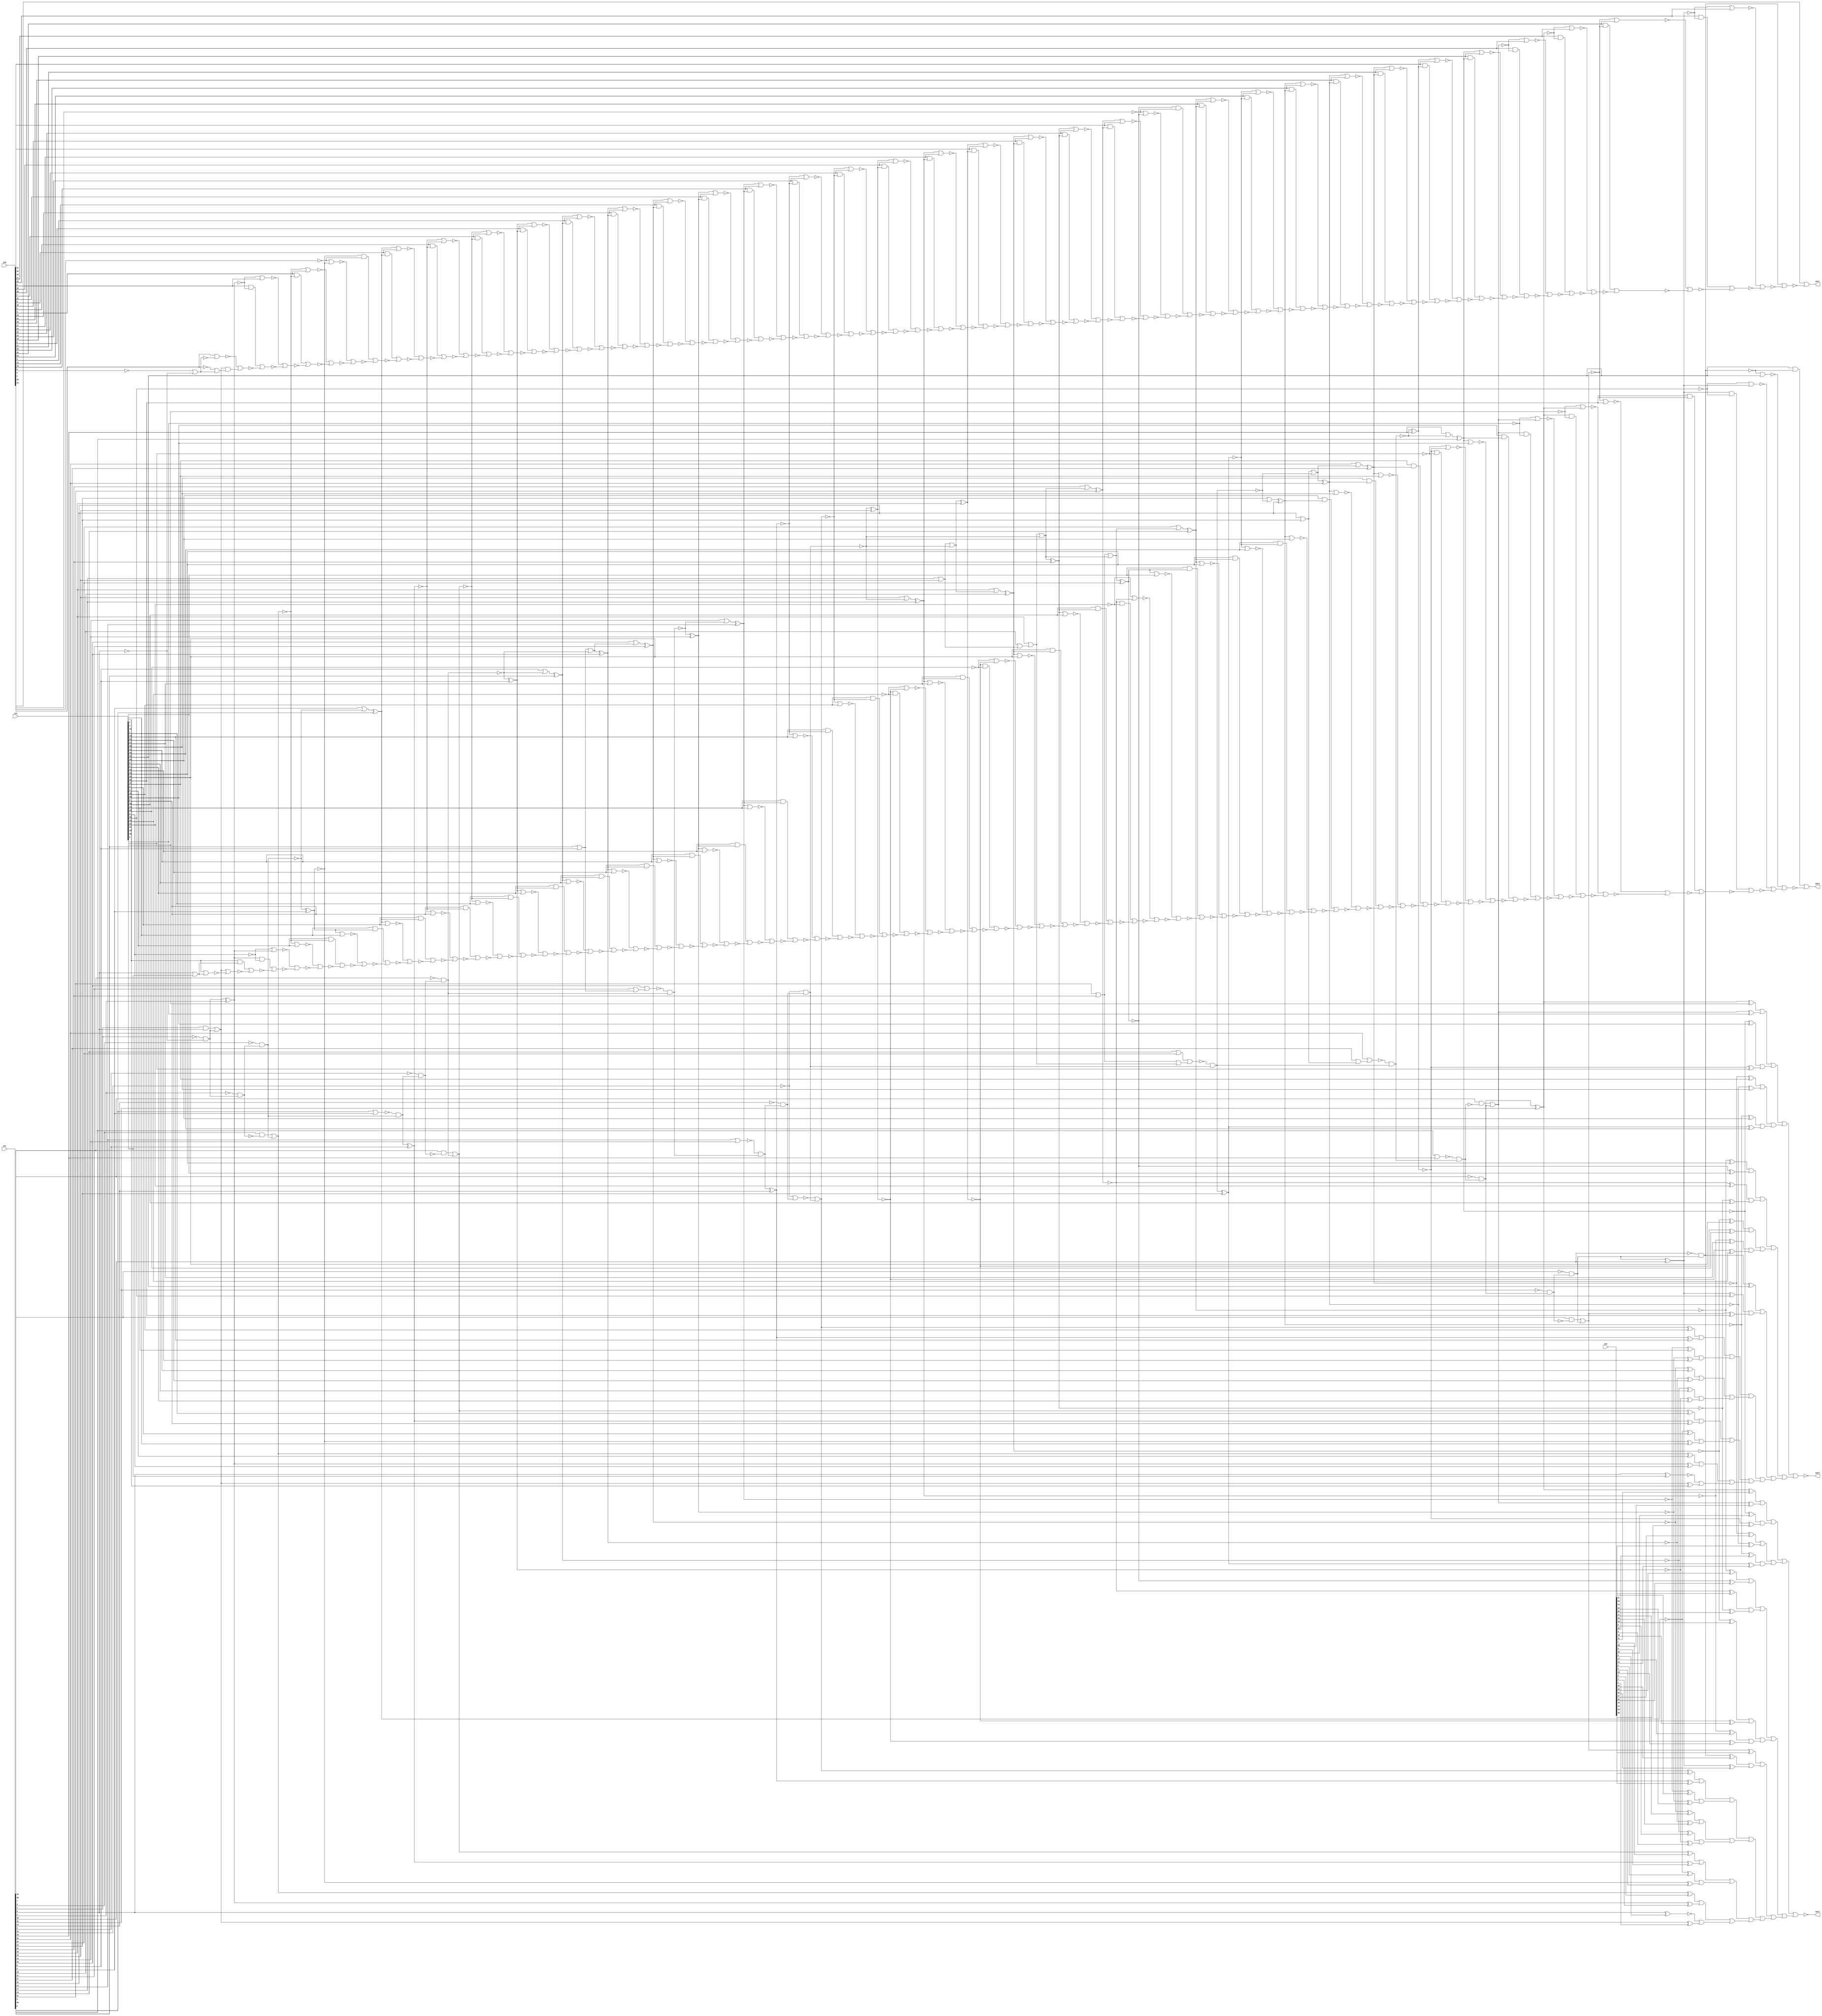
module top(in1, in2, in3, in4, out1, out2, out3, out4);
  input [33:0] in1;
  input [34:0] in2, in3, in4;
  output out1, out2, out3, out4;
  wire [33:0] in1;
  wire [34:0] in2, in3, in4;
  wire out1, out2, out3, out4;
  wire w__1, w__2, w__3, w__4, w__5, w__6, w__7, w__8;
  wire w__9, w__10, w__11, w__12, w__13, w__14, w__15, w__16;
  wire w__17, w__18, w__19, w__20, w__21, w__22, w__23, w__24;
  wire w__25, w__26, w__27, w__28, w__29, w__30, w__31, w__32;
  wire w__33, w__34, w__35, w__36, w__37, w__38, w__39, w__40;
  wire w__41, w__42, w__43, w__44, w__45, w__46, w__47, w__48;
  wire w__49, w__50, w__51, w__52, w__53, w__54, w__55, w__56;
  wire w__57, w__58, w__59, w__60, w__61, w__62, w__63, w__64;
  wire w__65, w__66, w__67, w__68, w__69, w__70, w__71, w__72;
  wire w__73, w__74, w__75, w__76, w__77, w__78, w__79, w__80;
  wire w__81, w__82, w__83, w__84, w__85, w__86, w__87, w__88;
  wire w__89, w__90, w__91, w__92, w__93, w__94, w__95, w__96;
  wire w__97, w__98, w__99, w__100, w__101, w__102, w__103, w__104;
  wire w__105, w__106, w__107, w__108, w__109, w__110, w__111, w__112;
  wire w__113, w__114, w__115, w__116, w__117, w__118, w__119, w__120;
  wire w__121, w__122, w__123, w__124, w__125, w__126, w__127, w__128;
  wire w__129, w__130, w__131, w__132, w__133, w__134, w__135, w__136;
  wire w__137, w__138, w__139, w__140, w__141, w__142, w__143, w__144;
  wire w__145, w__146, w__147, w__148, w__149, w__150, w__151, w__152;
  wire w__153, w__154, w__155, w__156, w__157, w__158, w__159, w__160;
  wire w__161, w__162, w__163, w__164, w__165, w__166, w__167, w__168;
  wire w__169, w__170, w__171, w__172, w__173, w__174, w__175, w__176;
  wire w__177, w__178, w__179, w__180, w__181, w__182, w__183, w__184;
  wire w__185, w__186, w__187, w__188, w__189, w__190, w__191, w__192;
  wire w__193, w__194, w__195, w__196, w__197, w__198, w__199, w__200;
  wire w__201, w__202, w__203, w__204, w__205, w__206, w__207, w__208;
  wire w__209, w__210, w__211, w__212, w__213, w__214, w__215, w__216;
  wire w__217, w__218, w__219, w__220, w__221, w__222, w__223, w__224;
  wire w__225, w__226, w__227, w__228, w__229, w__230, w__231, w__232;
  wire w__233, w__234, w__235, w__236, w__237, w__238, w__239, w__240;
  wire w__241, w__242, w__243, w__244, w__245, w__246, w__247, w__248;
  wire w__249, w__250, w__251, w__252, w__253, w__254, w__255, w__256;
  wire w__257, w__258, w__259, w__260, w__261, w__262, w__263, w__264;
  wire w__265, w__266, w__267, w__268, w__269, w__270, w__271, w__272;
  wire w__273, w__274, w__275, w__276, w__277, w__278, w__279, w__280;
  wire w__281, w__282, w__283, w__284, w__285, w__286, w__287, w__288;
  wire w__289, w__290, w__291, w__292, w__293, w__294, w__295, w__296;
  wire w__297, w__298, w__299, w__300, w__301, w__302, w__303, w__304;
  wire w__305, w__306, w__307, w__308, w__309, w__310, w__311, w__312;
  wire w__313, w__314, w__315, w__316, w__317, w__318, w__319, w__320;
  wire w__321, w__322, w__323, w__324, w__325, w__326, w__327, w__328;
  wire w__329, w__330, w__331, w__332, w__333, w__334, w__335, w__336;
  wire w__337, w__338, w__339, w__340, w__341, w__342, w__343, w__344;
  wire w__345, w__346, w__347, w__348, w__349, w__350, w__351, w__352;
  wire w__353, w__354, w__355, w__356, w__357, w__358, w__359, w__360;
  wire w__361, w__362, w__363, w__364, w__365, w__366, w__367, w__368;
  wire w__369, w__370, w__371, w__372, w__373, w__374, w__375, w__376;
  wire w__377, w__378, w__379, w__380, w__381, w__382, w__383, w__384;
  wire w__385, w__386, w__387, w__388, w__389, w__390, w__391, w__392;
  wire w__393, w__394, w__395, w__396, w__397, w__398, w__399, w__400;
  wire w__401, w__402, w__403, w__404, w__405, w__406, w__407, w__408;
  wire w__409, w__410, w__411, w__412, w__413, w__414, w__415, w__416;
  wire w__417, w__418, w__419, w__420, w__421, w__422, w__423, w__424;
  wire w__425, w__426, w__427, w__428, w__429, w__430, w__431, w__432;
  wire w__433, w__434, w__435, w__436, w__437, w__438, w__439, w__440;
  wire w__441, w__442, w__443, w__444, w__445, w__446, w__447, w__448;
  wire w__449, w__450, w__451, w__452, w__453, w__454, w__455, w__456;
  wire w__457, w__458, w__459, w__460, w__461, w__462, w__463, w__464;
  wire w__465, w__466, w__467, w__468, w__469, w__470, w__471, w__472;
  wire w__473, w__474, w__475, w__476, w__477, w__478, w__479, w__480;
  wire w__481, w__482, w__483, w__484, w__485, w__486, w__487, w__488;
  wire w__489, w__490, w__491, w__492, w__493, w__494, w__495, w__496;
  wire w__497, w__498, w__499, w__500, w__501, w__502, w__503, w__504;
  wire w__505, w__506, w__507, w__508, w__509, w__510, w__511, w__512;
  wire w__513, w__514, w__515, w__516, w__517, w__518, w__519, w__520;
  wire w__521, w__522, w__523, w__524, w__525, w__526, w__527, w__528;
  wire w__529, w__530, w__531, w__532, w__533, w__534, w__535, w__536;
  wire w__537, w__538, w__539, w__540, w__541, w__542, w__543, w__544;
  wire w__545, w__546, w__547, w__548, w__549, w__550, w__551, w__552;
  wire w__553, w__554, w__555, w__556, w__557, w__558, w__559, w__560;
  wire w__561, w__562, w__563, w__564, w__565, w__566, w__567, w__568;
  wire w__569, w__570, w__571, w__572, w__573, w__574, w__575, w__576;
  wire w__577, w__578, w__579, w__580, w__581, w__582, w__583, w__584;
  wire w__585, w__586, w__587, w__588, w__589, w__590, w__591, w__592;
  wire w__593, w__594, w__595, w__596, w__597, w__598, w__599, w__600;
  wire w__601, w__602, w__603, w__604, w__605, w__606, w__607, w__608;
  wire w__609, w__610, w__611, w__612, w__613, w__614, w__615, w__616;
  wire w__617, w__618, w__619, w__620, w__621, w__622, w__623, w__624;
  wire w__625, w__626, w__627, w__628, w__629, w__630, w__631, w__632;
  wire w__633, w__634, w__635, w__636, w__637, w__638, w__639, w__640;
  wire w__641, w__642, w__643, w__644, w__645, w__646, w__647, w__648;
  wire w__649, w__650, w__651, w__652, w__653, w__654, w__655, w__656;
  wire w__657, w__658, w__659, w__660, w__661, w__662, w__663, w__664;
  wire w__665, w__666, w__667, w__668, w__669, w__670, w__671, w__672;
  wire w__673, w__674, w__675, w__676, w__677, w__678, w__679, w__680;
  wire w__681, w__682, w__683, w__684, w__685, w__686, w__687, w__688;
  wire w__689, w__690, w__691, w__692, w__693, w__694, w__695, w__696;
  wire w__697, w__698, w__699, w__700, w__701, w__702, w__703, w__704;
  wire w__705, w__706, w__707, w__708, w__709, w__710, w__711, w__712;
  wire w__713, w__714, w__715, w__716, w__717;
  not g__1(w__683 ,in1[0]);
  nor g__2(w__682 ,w__672 ,w__680);
  nor g__3(w__681 ,w__669 ,w__679);
  or g__4(w__680 ,w__668 ,w__677);
  or g__5(w__679 ,w__667 ,w__678);
  or g__6(w__678 ,w__664 ,w__676);
  or g__7(w__677 ,w__655 ,w__675);
  or g__8(w__676 ,w__673 ,w__671);
  or g__9(w__675 ,w__670 ,w__674);
  or g__10(w__674 ,w__660 ,w__666);
  or g__11(w__673 ,w__662 ,w__661);
  or g__12(w__672 ,w__656 ,w__654);
  or g__13(w__671 ,w__659 ,w__649);
  or g__14(w__670 ,w__650 ,w__658);
  or g__15(w__669 ,w__652 ,w__651);
  or g__16(w__668 ,w__653 ,w__663);
  or g__17(w__667 ,w__657 ,w__665);
  or g__18(w__666 ,w__627 ,w__626);
  or g__19(w__665 ,w__646 ,w__644);
  or g__20(w__664 ,w__548 ,w__640);
  or g__21(w__663 ,w__641 ,w__636);
  or g__22(w__662 ,w__638 ,w__637);
  or g__23(w__661 ,w__635 ,w__633);
  or g__24(w__660 ,w__634 ,w__629);
  or g__25(w__659 ,w__632 ,w__631);
  or g__26(w__658 ,w__645 ,w__639);
  or g__27(w__657 ,w__615 ,w__648);
  or g__28(w__656 ,w__643 ,w__620);
  or g__29(w__655 ,w__546 ,w__623);
  or g__30(w__654 ,w__625 ,w__642);
  or g__31(w__653 ,w__624 ,w__616);
  or g__32(w__652 ,w__622 ,w__621);
  or g__33(w__651 ,w__619 ,w__617);
  or g__34(w__650 ,w__618 ,w__647);
  or g__35(w__649 ,w__630 ,w__628);
  or g__36(w__648 ,w__609 ,w__608);
  or g__37(w__647 ,w__610 ,w__607);
  or g__38(w__646 ,w__606 ,w__605);
  or g__39(w__645 ,w__602 ,w__599);
  or g__40(w__644 ,w__603 ,w__601);
  or g__41(w__643 ,w__587 ,w__583);
  or g__42(w__642 ,w__594 ,w__576);
  or g__43(w__641 ,w__596 ,w__588);
  or g__44(w__640 ,w__598 ,w__597);
  or g__45(w__639 ,w__595 ,w__591);
  or g__46(w__638 ,w__593 ,w__592);
  or g__47(w__637 ,w__590 ,w__589);
  or g__48(w__636 ,w__578 ,w__569);
  or g__49(w__635 ,w__586 ,w__584);
  or g__50(w__634 ,w__585 ,w__582);
  or g__51(w__633 ,w__581 ,w__614);
  or g__52(w__632 ,w__577 ,w__575);
  or g__53(w__631 ,w__573 ,w__572);
  or g__54(w__630 ,w__600 ,w__570);
  or g__55(w__629 ,w__574 ,w__571);
  or g__56(w__628 ,w__547 ,w__567);
  or g__57(w__627 ,w__568 ,w__566);
  or g__58(w__626 ,w__579 ,w__565);
  or g__59(w__625 ,w__557 ,w__611);
  or g__60(w__624 ,w__563 ,w__555);
  or g__61(w__623 ,w__564 ,w__560);
  or g__62(w__622 ,w__562 ,w__561);
  or g__63(w__621 ,w__559 ,w__558);
  or g__64(w__620 ,w__580 ,w__545);
  or g__65(w__619 ,w__556 ,w__554);
  or g__66(w__618 ,w__553 ,w__550);
  or g__67(w__617 ,w__552 ,w__551);
  or g__68(w__616 ,w__613 ,w__604);
  or g__69(w__615 ,w__549 ,w__612);
  xor g__70(w__614 ,w__524 ,in4[8]);
  xor g__71(w__613 ,w__496 ,in3[21]);
  xor g__72(w__612 ,w__482 ,in4[22]);
  xor g__73(w__611 ,w__540 ,in3[26]);
  xor g__74(w__610 ,w__528 ,in3[13]);
  xor g__75(w__609 ,w__496 ,in4[21]);
  xor g__76(w__608 ,w__514 ,in4[20]);
  xor g__77(w__607 ,w__526 ,in3[12]);
  xor g__78(w__606 ,w__538 ,in4[19]);
  xor g__79(w__605 ,w__498 ,in4[18]);
  xor g__80(w__604 ,w__514 ,in3[20]);
  xor g__81(w__603 ,w__536 ,in4[17]);
  xor g__82(w__602 ,w__520 ,in3[11]);
  xor g__83(w__601 ,w__488 ,in4[16]);
  xor g__84(w__600 ,w__508 ,in4[3]);
  xor g__85(w__599 ,w__518 ,in3[10]);
  xor g__86(w__598 ,w__490 ,in4[33]);
  xor g__87(w__597 ,w__502 ,in4[32]);
  xor g__88(w__596 ,w__538 ,in3[19]);
  xor g__89(w__595 ,w__516 ,in3[9]);
  xor g__90(w__594 ,w__534 ,in3[25]);
  xor g__91(w__593 ,w__504 ,in4[15]);
  xor g__92(w__592 ,w__532 ,in4[14]);
  xor g__93(w__591 ,w__524 ,in3[8]);
  xor g__94(w__590 ,w__528 ,in4[13]);
  xor g__95(w__589 ,w__526 ,in4[12]);
  xor g__96(w__588 ,w__498 ,in3[18]);
  xor g__97(w__587 ,w__494 ,in3[31]);
  xor g__98(w__586 ,w__520 ,in4[11]);
  xor g__99(w__585 ,w__506 ,in3[7]);
  xor g__100(w__584 ,w__518 ,in4[10]);
  xor g__101(w__583 ,w__480 ,in3[30]);
  xor g__102(w__582 ,w__512 ,in3[6]);
  xor g__103(w__581 ,w__516 ,in4[9]);
  xor g__104(w__580 ,w__544 ,in3[29]);
  xnor g__105(w__579 ,in1[0] ,in3[0]);
  xor g__106(w__578 ,w__536 ,in3[17]);
  xor g__107(w__577 ,w__506 ,in4[7]);
  xor g__108(w__576 ,w__530 ,in3[24]);
  xor g__109(w__575 ,w__512 ,in4[6]);
  xor g__110(w__574 ,w__510 ,in3[5]);
  xor g__111(w__573 ,w__510 ,in4[5]);
  xor g__112(w__572 ,w__484 ,in4[4]);
  xor g__113(w__571 ,w__484 ,in3[4]);
  xor g__114(w__570 ,w__486 ,in4[2]);
  xor g__115(w__569 ,w__488 ,in3[16]);
  xor g__116(w__568 ,w__508 ,in3[3]);
  xor g__117(w__567 ,w__478 ,in4[1]);
  xor g__118(w__566 ,w__486 ,in3[2]);
  xor g__119(w__565 ,w__478 ,in3[1]);
  xor g__120(w__564 ,w__500 ,in3[34]);
  xor g__121(w__563 ,w__522 ,in3[23]);
  xor g__122(w__562 ,w__494 ,in4[31]);
  xor g__123(w__561 ,w__480 ,in4[30]);
  xor g__124(w__560 ,w__490 ,in3[33]);
  xor g__125(w__559 ,w__544 ,in4[29]);
  xor g__126(w__558 ,w__492 ,in4[28]);
  xor g__127(w__557 ,w__542 ,in3[27]);
  xor g__128(w__556 ,w__542 ,in4[27]);
  xor g__129(w__555 ,w__482 ,in3[22]);
  xor g__130(w__554 ,w__540 ,in4[26]);
  xor g__131(w__553 ,w__504 ,in3[15]);
  xor g__132(w__552 ,w__534 ,in4[25]);
  xor g__133(w__551 ,w__530 ,in4[24]);
  xor g__134(w__550 ,w__532 ,in3[14]);
  xor g__135(w__549 ,w__522 ,in4[23]);
  xor g__136(w__548 ,w__500 ,in4[34]);
  xnor g__137(w__547 ,in1[0] ,in4[0]);
  xor g__138(w__546 ,w__502 ,in3[32]);
  xor g__139(w__545 ,w__492 ,in3[28]);
  not g__140(w__544 ,w__543);
  not g__141(w__543 ,w__712);
  not g__142(w__542 ,w__541);
  not g__143(w__541 ,w__710);
  not g__144(w__540 ,w__539);
  not g__145(w__539 ,w__709);
  not g__146(w__538 ,w__537);
  not g__147(w__537 ,w__702);
  not g__148(w__536 ,w__535);
  not g__149(w__535 ,w__700);
  not g__150(w__534 ,w__533);
  not g__151(w__533 ,w__708);
  not g__152(w__532 ,w__531);
  not g__153(w__531 ,w__697);
  not g__154(w__530 ,w__529);
  not g__155(w__529 ,w__707);
  not g__156(w__528 ,w__527);
  not g__157(w__527 ,w__696);
  not g__158(w__526 ,w__525);
  not g__159(w__525 ,w__695);
  not g__160(w__524 ,w__523);
  not g__161(w__523 ,w__691);
  not g__162(w__522 ,w__521);
  not g__163(w__521 ,w__706);
  not g__164(w__520 ,w__519);
  not g__165(w__519 ,w__694);
  not g__166(w__518 ,w__517);
  not g__167(w__517 ,w__693);
  not g__168(w__516 ,w__515);
  not g__169(w__515 ,w__692);
  not g__170(w__514 ,w__513);
  not g__171(w__513 ,w__703);
  not g__172(w__512 ,w__511);
  not g__173(w__511 ,w__689);
  not g__174(w__510 ,w__509);
  not g__175(w__509 ,w__688);
  not g__176(w__508 ,w__507);
  not g__177(w__507 ,w__686);
  not g__178(w__506 ,w__505);
  not g__179(w__505 ,w__690);
  not g__180(w__504 ,w__503);
  not g__181(w__503 ,w__698);
  not g__182(w__502 ,w__501);
  not g__183(w__501 ,w__715);
  not g__184(w__500 ,w__499);
  not g__185(w__499 ,w__717);
  not g__186(w__498 ,w__497);
  not g__187(w__497 ,w__701);
  not g__188(w__496 ,w__495);
  not g__189(w__495 ,w__704);
  not g__190(w__494 ,w__493);
  not g__191(w__493 ,w__714);
  not g__192(w__492 ,w__491);
  not g__193(w__491 ,w__711);
  not g__194(w__490 ,w__489);
  not g__195(w__489 ,w__716);
  not g__196(w__488 ,w__487);
  not g__197(w__487 ,w__699);
  not g__198(w__486 ,w__485);
  not g__199(w__485 ,w__685);
  not g__200(w__484 ,w__483);
  not g__201(w__483 ,w__687);
  not g__202(w__482 ,w__481);
  not g__203(w__481 ,w__705);
  not g__204(w__480 ,w__479);
  not g__205(w__479 ,w__713);
  not g__206(w__478 ,w__477);
  not g__207(w__477 ,w__684);
  buf g__208(out3 ,w__681);
  buf g__209(out2 ,w__682);
  and g__210(w__115 ,w__23 ,w__112);
  or g__211(w__114 ,w__113 ,w__112);
  and g__212(w__113 ,in1[32] ,w__111);
  and g__213(w__112 ,w__15 ,w__110);
  not g__214(w__111 ,w__110);
  and g__215(w__110 ,w__18 ,w__104);
  or g__216(w__109 ,w__105 ,w__104);
  xnor g__217(w__108 ,w__95 ,in1[29]);
  xnor g__218(w__107 ,w__94 ,in1[27]);
  xnor g__219(w__106 ,w__93 ,in1[23]);
  and g__220(w__105 ,in1[30] ,w__97);
  and g__221(w__104 ,w__22 ,w__96);
  xnor g__222(w__103 ,w__87 ,in1[28]);
  xnor g__223(w__102 ,w__89 ,in1[26]);
  xnor g__224(w__101 ,w__85 ,in1[22]);
  xnor g__225(w__100 ,w__88 ,in1[25]);
  xnor g__226(w__99 ,w__84 ,in1[21]);
  xnor g__227(w__98 ,w__83 ,in1[19]);
  not g__228(w__97 ,w__96);
  and g__229(w__96 ,w__26 ,w__86);
  or g__230(w__95 ,in1[28] ,w__87);
  or g__231(w__94 ,in1[26] ,w__89);
  or g__232(w__93 ,in1[22] ,w__85);
  xnor g__233(w__92 ,w__80 ,in1[20]);
  xnor g__234(w__91 ,w__79 ,in1[18]);
  xnor g__235(w__90 ,w__81 ,in1[17]);
  or g__236(w__89 ,w__34 ,w__7);
  or g__237(w__88 ,in1[24] ,w__7);
  not g__238(w__87 ,w__86);
  and g__239(w__86 ,w__44 ,w__78);
  or g__240(w__85 ,w__28 ,w__80);
  or g__241(w__84 ,in1[20] ,w__80);
  or g__242(w__83 ,in1[18] ,w__79);
  xnor g__243(w__82 ,w__11 ,in1[16]);
  or g__244(w__81 ,in1[16] ,w__12);
  or g__245(w__80 ,w__41 ,w__11);
  or g__246(w__79 ,w__30 ,w__12);
  and g__247(w__78 ,w__54 ,w__76);
  or g__248(w__77 ,w__74 ,w__76);
  not g__249(w__75 ,w__76);
  and g__250(w__76 ,w__13 ,w__71);
  nor g__251(w__74 ,w__13 ,w__71);
  xnor g__252(w__73 ,w__66 ,in1[11]);
  xnor g__253(w__72 ,w__67 ,in1[13]);
  and g__254(w__71 ,w__16 ,w__65);
  xnor g__255(w__70 ,w__61 ,in1[12]);
  xnor g__256(w__69 ,w__62 ,in1[10]);
  xnor g__257(w__68 ,w__63 ,in1[9]);
  or g__258(w__67 ,in1[12] ,w__61);
  or g__259(w__66 ,in1[10] ,w__62);
  and g__260(w__65 ,w__32 ,w__60);
  xnor g__261(w__64 ,w__56 ,in1[8]);
  or g__262(w__63 ,in1[8] ,w__9);
  or g__263(w__62 ,w__27 ,w__9);
  not g__264(w__61 ,w__60);
  and g__265(w__60 ,w__45 ,w__57);
  or g__266(w__59 ,w__58 ,w__57);
  and g__267(w__58 ,in1[7] ,w__53);
  not g__268(w__56 ,w__57);
  and g__269(w__57 ,w__17 ,w__52);
  xnor g__270(w__55 ,w__50 ,in1[5]);
  nor g__271(w__54 ,w__29 ,w__49);
  not g__272(w__53 ,w__52);
  and g__273(w__52 ,w__14 ,w__48);
  xnor g__274(w__51 ,w__42 ,in1[4]);
  or g__275(w__50 ,in1[4] ,w__42);
  or g__276(w__49 ,w__28 ,w__41);
  and g__277(w__48 ,w__25 ,w__43);
  or g__278(w__47 ,w__46 ,w__43);
  and g__279(w__46 ,in1[3] ,w__39);
  nor g__280(w__45 ,in1[10] ,w__37);
  nor g__281(w__44 ,in1[26] ,w__36);
  not g__282(w__42 ,w__43);
  and g__283(w__43 ,w__20 ,w__38);
  or g__284(w__41 ,in1[18] ,w__40);
  or g__285(w__40 ,in1[19] ,w__30);
  not g__286(w__39 ,w__38);
  and g__287(w__38 ,w__24 ,w__31);
  or g__288(w__37 ,in1[11] ,w__27);
  or g__289(w__36 ,in1[27] ,w__34);
  or g__290(w__35 ,w__33 ,w__31);
  or g__291(w__34 ,in1[25] ,in1[24]);
  and g__292(w__33 ,in1[1] ,in1[0]);
  nor g__293(w__32 ,in1[13] ,in1[12]);
  and g__294(w__31 ,w__19 ,w__21);
  or g__295(w__30 ,in1[17] ,in1[16]);
  or g__296(w__29 ,in1[23] ,in1[22]);
  or g__297(w__28 ,in1[21] ,in1[20]);
  or g__298(w__27 ,in1[9] ,in1[8]);
  nor g__299(w__26 ,in1[29] ,in1[28]);
  nor g__300(w__25 ,in1[5] ,in1[4]);
  not g__301(w__24 ,in1[2]);
  not g__302(w__23 ,in1[33]);
  not g__303(w__22 ,in1[30]);
  not g__304(w__21 ,in1[0]);
  not g__305(w__20 ,in1[3]);
  not g__306(w__19 ,in1[1]);
  not g__307(w__18 ,in1[31]);
  not g__308(w__17 ,in1[7]);
  not g__309(w__16 ,in1[14]);
  not g__310(w__15 ,in1[32]);
  not g__311(w__14 ,in1[6]);
  not g__312(w__13 ,in1[15]);
  not g__313(w__12 ,w__10);
  not g__314(w__11 ,w__10);
  not g__315(w__10 ,w__75);
  not g__316(w__9 ,w__8);
  not g__317(w__8 ,w__56);
  buf g__318(w__685 ,w__1);
  buf g__319(w__716 ,w__6);
  buf g__320(w__687 ,w__51);
  buf g__321(w__706 ,w__106);
  buf g__322(w__701 ,w__91);
  buf g__323(w__703 ,w__92);
  buf g__324(w__689 ,w__2);
  buf g__325(w__691 ,w__64);
  buf g__326(w__692 ,w__68);
  buf g__327(w__693 ,w__69);
  buf g__328(w__695 ,w__70);
  buf g__329(w__688 ,w__55);
  buf g__330(w__707 ,w__4);
  buf g__331(w__697 ,w__3);
  buf g__332(w__705 ,w__101);
  buf g__333(w__711 ,w__103);
  buf g__334(w__700 ,w__90);
  buf g__335(w__699 ,w__82);
  buf g__336(w__714 ,w__5);
  buf g__337(w__709 ,w__102);
  buf g__338(w__708 ,w__100);
  buf g__339(w__710 ,w__107);
  buf g__340(w__702 ,w__98);
  buf g__341(w__704 ,w__99);
  buf g__342(w__694 ,w__73);
  buf g__343(w__696 ,w__72);
  buf g__344(w__712 ,w__108);
  buf g__345(w__698 ,w__77);
  buf g__346(w__690 ,w__59);
  buf g__347(w__715 ,w__114);
  buf g__348(w__686 ,w__47);
  buf g__349(w__684 ,w__35);
  buf g__350(w__713 ,w__109);
  buf g__351(w__717 ,w__115);
  not g__352(w__7 ,w__78);
  xor g__353(w__6 ,w__112 ,in1[33]);
  xor g__354(w__5 ,w__104 ,in1[31]);
  xor g__355(w__4 ,w__78 ,in1[24]);
  xor g__356(w__3 ,w__65 ,in1[14]);
  xor g__357(w__2 ,w__48 ,in1[6]);
  xor g__358(w__1 ,w__31 ,in1[2]);
  or g__359(out4 ,w__131 ,w__301);
  nor g__360(w__301 ,w__193 ,w__300);
  or g__361(w__300 ,w__226 ,w__299);
  nor g__362(w__299 ,w__198 ,w__298);
  nor g__363(w__298 ,w__124 ,w__297);
  nor g__364(w__297 ,w__220 ,w__296);
  nor g__365(w__296 ,w__212 ,w__295);
  nor g__366(w__295 ,w__200 ,w__294);
  nor g__367(w__294 ,w__225 ,w__293);
  nor g__368(w__293 ,w__190 ,w__292);
  nor g__369(w__292 ,w__119 ,w__291);
  nor g__370(w__291 ,w__222 ,w__290);
  nor g__371(w__290 ,w__219 ,w__289);
  nor g__372(w__289 ,w__209 ,w__288);
  nor g__373(w__288 ,w__123 ,w__287);
  nor g__374(w__287 ,w__201 ,w__286);
  nor g__375(w__286 ,w__134 ,w__285);
  nor g__376(w__285 ,w__195 ,w__284);
  nor g__377(w__284 ,w__130 ,w__283);
  nor g__378(w__283 ,w__191 ,w__282);
  nor g__379(w__282 ,w__132 ,w__281);
  nor g__380(w__281 ,w__229 ,w__280);
  nor g__381(w__280 ,w__126 ,w__279);
  nor g__382(w__279 ,w__223 ,w__278);
  nor g__383(w__278 ,w__205 ,w__277);
  nor g__384(w__277 ,w__216 ,w__276);
  nor g__385(w__276 ,w__215 ,w__275);
  nor g__386(w__275 ,w__210 ,w__274);
  nor g__387(w__274 ,w__117 ,w__273);
  nor g__388(w__273 ,w__206 ,w__272);
  nor g__389(w__272 ,w__125 ,w__271);
  nor g__390(w__271 ,w__202 ,w__270);
  nor g__391(w__270 ,w__214 ,w__269);
  nor g__392(w__269 ,w__204 ,w__268);
  nor g__393(w__268 ,w__135 ,w__267);
  nor g__394(w__267 ,w__196 ,w__266);
  nor g__395(w__266 ,w__213 ,w__265);
  nor g__396(w__265 ,w__194 ,w__264);
  nor g__397(w__264 ,w__120 ,w__263);
  nor g__398(w__263 ,w__192 ,w__262);
  nor g__399(w__262 ,w__137 ,w__261);
  nor g__400(w__261 ,w__189 ,w__260);
  nor g__401(w__260 ,w__116 ,w__259);
  nor g__402(w__259 ,w__230 ,w__258);
  nor g__403(w__258 ,w__127 ,w__257);
  nor g__404(w__257 ,w__227 ,w__256);
  nor g__405(w__256 ,w__133 ,w__255);
  nor g__406(w__255 ,w__224 ,w__254);
  nor g__407(w__254 ,w__136 ,w__253);
  nor g__408(w__253 ,w__221 ,w__252);
  nor g__409(w__252 ,w__129 ,w__251);
  nor g__410(w__251 ,w__217 ,w__250);
  nor g__411(w__250 ,w__128 ,w__249);
  nor g__412(w__249 ,w__231 ,w__248);
  nor g__413(w__248 ,w__138 ,w__247);
  nor g__414(w__247 ,w__211 ,w__246);
  nor g__415(w__246 ,w__118 ,w__245);
  nor g__416(w__245 ,w__199 ,w__244);
  nor g__417(w__244 ,w__122 ,w__243);
  nor g__418(w__243 ,w__207 ,w__242);
  nor g__419(w__242 ,w__208 ,w__241);
  nor g__420(w__241 ,w__218 ,w__240);
  nor g__421(w__240 ,w__121 ,w__239);
  nor g__422(w__239 ,w__203 ,w__238);
  nor g__423(w__238 ,w__228 ,w__237);
  nor g__424(w__237 ,w__197 ,w__236);
  nor g__425(w__236 ,w__234 ,w__235);
  nor g__426(w__235 ,w__684 ,w__233);
  and g__427(w__234 ,in4[1] ,w__232);
  nor g__428(w__233 ,in4[1] ,w__232);
  nor g__429(w__231 ,w__162 ,in4[8]);
  nor g__430(w__230 ,w__155 ,in4[13]);
  nor g__431(w__229 ,w__158 ,in4[24]);
  nor g__432(w__228 ,w__185 ,w__146);
  nor g__433(w__227 ,w__176 ,in4[12]);
  nor g__434(w__226 ,w__183 ,w__154);
  nor g__435(w__225 ,w__178 ,w__140);
  nor g__436(w__224 ,w__156 ,in4[11]);
  nor g__437(w__223 ,w__170 ,in4[23]);
  nor g__438(w__222 ,w__163 ,in4[29]);
  nor g__439(w__221 ,w__171 ,in4[10]);
  nor g__440(w__220 ,w__159 ,in4[32]);
  nor g__441(w__219 ,w__179 ,w__144);
  nor g__442(w__218 ,w__187 ,in4[4]);
  nor g__443(w__217 ,w__157 ,in4[9]);
  nor g__444(w__216 ,w__184 ,in4[22]);
  nor g__445(w__215 ,w__181 ,w__148);
  nor g__446(w__214 ,w__186 ,w__150);
  nor g__447(w__213 ,w__182 ,w__152);
  nor g__448(w__212 ,w__180 ,w__142);
  nor g__449(w__211 ,w__177 ,in4[7]);
  or g__450(w__232 ,w__188 ,in4[0]);
  and g__451(w__210 ,w__148 ,w__181);
  and g__452(w__209 ,w__144 ,w__179);
  and g__453(w__208 ,in4[4] ,w__187);
  nor g__454(w__207 ,w__175 ,in4[5]);
  nor g__455(w__206 ,w__165 ,in4[20]);
  and g__456(w__205 ,in4[22] ,w__184);
  and g__457(w__204 ,w__150 ,w__186);
  nor g__458(w__203 ,w__172 ,in4[3]);
  nor g__459(w__202 ,w__174 ,in4[19]);
  nor g__460(w__201 ,w__161 ,in4[27]);
  and g__461(w__200 ,w__142 ,w__180);
  nor g__462(w__199 ,w__173 ,in4[6]);
  and g__463(w__198 ,w__154 ,w__183);
  and g__464(w__197 ,w__146 ,w__185);
  nor g__465(w__196 ,w__168 ,in4[17]);
  nor g__466(w__195 ,w__169 ,in4[26]);
  and g__467(w__194 ,w__152 ,w__182);
  nor g__468(w__193 ,w__166 ,in4[34]);
  nor g__469(w__192 ,w__167 ,in4[15]);
  nor g__470(w__191 ,w__160 ,in4[25]);
  and g__471(w__190 ,w__140 ,w__178);
  nor g__472(w__189 ,w__164 ,in4[14]);
  not g__473(w__188 ,w__683);
  not g__474(w__187 ,w__687);
  not g__475(w__186 ,in4[18]);
  not g__476(w__185 ,in4[2]);
  not g__477(w__184 ,w__705);
  not g__478(w__183 ,in4[33]);
  not g__479(w__182 ,in4[16]);
  not g__480(w__181 ,in4[21]);
  not g__481(w__180 ,in4[31]);
  not g__482(w__179 ,in4[28]);
  not g__483(w__178 ,in4[30]);
  not g__484(w__175 ,w__688);
  not g__485(w__162 ,w__691);
  not g__486(w__157 ,w__692);
  not g__487(w__168 ,w__700);
  not g__488(w__174 ,w__702);
  not g__489(w__171 ,w__693);
  not g__490(w__165 ,w__703);
  not g__491(w__156 ,w__694);
  not g__492(w__170 ,w__706);
  not g__493(w__173 ,w__689);
  not g__494(w__176 ,w__695);
  not g__495(w__158 ,w__707);
  not g__496(w__160 ,w__708);
  not g__497(w__155 ,w__696);
  not g__498(w__169 ,w__709);
  not g__499(w__161 ,w__710);
  not g__500(w__164 ,w__697);
  not g__501(w__163 ,w__712);
  not g__502(w__159 ,w__715);
  not g__503(w__172 ,w__686);
  not g__504(w__177 ,w__690);
  not g__505(w__167 ,w__698);
  not g__506(w__166 ,w__717);
  not g__507(w__154 ,w__153);
  not g__508(w__153 ,w__716);
  not g__509(w__152 ,w__151);
  not g__510(w__151 ,w__699);
  not g__511(w__150 ,w__149);
  not g__512(w__149 ,w__701);
  not g__513(w__148 ,w__147);
  not g__514(w__147 ,w__704);
  not g__515(w__146 ,w__145);
  not g__516(w__145 ,w__685);
  not g__517(w__144 ,w__143);
  not g__518(w__143 ,w__711);
  not g__519(w__142 ,w__141);
  not g__520(w__141 ,w__714);
  not g__521(w__140 ,w__139);
  not g__522(w__139 ,w__713);
  and g__523(w__138 ,in4[7] ,w__177);
  and g__524(w__137 ,in4[14] ,w__164);
  and g__525(w__136 ,in4[10] ,w__171);
  and g__526(w__135 ,in4[17] ,w__168);
  and g__527(w__134 ,in4[26] ,w__169);
  and g__528(w__133 ,in4[11] ,w__156);
  and g__529(w__132 ,in4[24] ,w__158);
  and g__530(w__131 ,in4[34] ,w__166);
  and g__531(w__130 ,in4[25] ,w__160);
  and g__532(w__129 ,in4[9] ,w__157);
  and g__533(w__128 ,in4[8] ,w__162);
  and g__534(w__127 ,in4[12] ,w__176);
  and g__535(w__126 ,in4[23] ,w__170);
  and g__536(w__125 ,in4[19] ,w__174);
  and g__537(w__124 ,in4[32] ,w__159);
  and g__538(w__123 ,in4[27] ,w__161);
  and g__539(w__122 ,in4[5] ,w__175);
  and g__540(w__121 ,in4[3] ,w__172);
  and g__541(w__120 ,in4[15] ,w__167);
  and g__542(w__119 ,in4[29] ,w__163);
  and g__543(w__118 ,in4[6] ,w__173);
  and g__544(w__117 ,in4[20] ,w__165);
  and g__545(w__116 ,in4[13] ,w__155);
  or g__546(out1 ,w__316 ,w__476);
  nor g__547(w__476 ,w__366 ,w__475);
  nor g__548(w__475 ,w__399 ,w__474);
  nor g__549(w__474 ,w__372 ,w__473);
  nor g__550(w__473 ,w__393 ,w__472);
  nor g__551(w__472 ,w__306 ,w__471);
  nor g__552(w__471 ,w__385 ,w__470);
  nor g__553(w__470 ,w__375 ,w__469);
  nor g__554(w__469 ,w__398 ,w__468);
  nor g__555(w__468 ,w__363 ,w__467);
  nor g__556(w__467 ,w__404 ,w__466);
  nor g__557(w__466 ,w__310 ,w__465);
  nor g__558(w__465 ,w__392 ,w__464);
  nor g__559(w__464 ,w__383 ,w__463);
  nor g__560(w__463 ,w__380 ,w__462);
  nor g__561(w__462 ,w__308 ,w__461);
  nor g__562(w__461 ,w__374 ,w__460);
  nor g__563(w__460 ,w__315 ,w__459);
  nor g__564(w__459 ,w__370 ,w__458);
  nor g__565(w__458 ,w__307 ,w__457);
  nor g__566(w__457 ,w__397 ,w__456);
  nor g__567(w__456 ,w__305 ,w__455);
  nor g__568(w__455 ,w__402 ,w__454);
  nor g__569(w__454 ,w__317 ,w__453);
  nor g__570(w__453 ,w__379 ,w__452);
  nor g__571(w__452 ,w__390 ,w__451);
  nor g__572(w__451 ,w__389 ,w__450);
  nor g__573(w__450 ,w__384 ,w__449);
  nor g__574(w__449 ,w__368 ,w__448);
  nor g__575(w__448 ,w__312 ,w__447);
  nor g__576(w__447 ,w__378 ,w__446);
  nor g__577(w__446 ,w__321 ,w__445);
  nor g__578(w__445 ,w__388 ,w__444);
  nor g__579(w__444 ,w__376 ,w__443);
  nor g__580(w__443 ,w__373 ,w__442);
  nor g__581(w__442 ,w__314 ,w__441);
  nor g__582(w__441 ,w__386 ,w__440);
  nor g__583(w__440 ,w__369 ,w__439);
  nor g__584(w__439 ,w__367 ,w__438);
  nor g__585(w__438 ,w__313 ,w__437);
  nor g__586(w__437 ,w__365 ,w__436);
  nor g__587(w__436 ,w__311 ,w__435);
  nor g__588(w__435 ,w__405 ,w__434);
  nor g__589(w__434 ,w__302 ,w__433);
  nor g__590(w__433 ,w__403 ,w__432);
  nor g__591(w__432 ,w__323 ,w__431);
  nor g__592(w__431 ,w__400 ,w__430);
  nor g__593(w__430 ,w__303 ,w__429);
  nor g__594(w__429 ,w__396 ,w__428);
  nor g__595(w__428 ,w__318 ,w__427);
  nor g__596(w__427 ,w__394 ,w__426);
  nor g__597(w__426 ,w__304 ,w__425);
  nor g__598(w__425 ,w__395 ,w__424);
  nor g__599(w__424 ,w__309 ,w__423);
  nor g__600(w__423 ,w__387 ,w__422);
  nor g__601(w__422 ,w__324 ,w__421);
  nor g__602(w__421 ,w__364 ,w__420);
  nor g__603(w__420 ,w__320 ,w__419);
  nor g__604(w__419 ,w__381 ,w__418);
  nor g__605(w__418 ,w__322 ,w__417);
  nor g__606(w__417 ,w__382 ,w__416);
  nor g__607(w__416 ,w__391 ,w__415);
  nor g__608(w__415 ,w__377 ,w__414);
  nor g__609(w__414 ,w__319 ,w__413);
  nor g__610(w__413 ,w__401 ,w__412);
  nor g__611(w__412 ,w__371 ,w__411);
  nor g__612(w__411 ,w__409 ,w__410);
  and g__613(w__410 ,w__684 ,w__408);
  nor g__614(w__409 ,in2[1] ,w__407);
  or g__615(w__408 ,w__359 ,w__406);
  not g__616(w__407 ,w__406);
  nor g__617(w__405 ,w__329 ,in2[13]);
  nor g__618(w__404 ,w__332 ,in2[29]);
  nor g__619(w__403 ,w__340 ,in2[12]);
  nor g__620(w__402 ,w__339 ,in2[23]);
  nor g__621(w__401 ,w__358 ,in2[2]);
  nor g__622(w__400 ,w__345 ,in2[11]);
  nor g__623(w__399 ,w__356 ,in2[33]);
  nor g__624(w__398 ,w__351 ,in2[30]);
  nor g__625(w__397 ,w__344 ,in2[24]);
  nor g__626(w__396 ,w__348 ,in2[10]);
  nor g__627(w__395 ,w__341 ,in2[8]);
  nor g__628(w__394 ,w__342 ,in2[9]);
  nor g__629(w__393 ,w__337 ,in2[32]);
  nor g__630(w__392 ,w__352 ,in2[28]);
  nor g__631(w__391 ,w__361 ,w__328);
  nor g__632(w__390 ,w__357 ,w__326);
  nor g__633(w__389 ,w__354 ,in2[21]);
  nor g__634(w__388 ,w__360 ,in2[18]);
  nor g__635(w__387 ,w__350 ,in2[7]);
  nor g__636(w__386 ,w__355 ,in2[16]);
  nor g__637(w__385 ,w__353 ,in2[31]);
  or g__638(w__406 ,w__362 ,w__683);
  and g__639(w__384 ,in2[21] ,w__354);
  and g__640(w__383 ,in2[28] ,w__352);
  and g__641(w__382 ,w__328 ,w__361);
  nor g__642(w__381 ,w__335 ,in2[5]);
  nor g__643(w__380 ,w__336 ,in2[27]);
  and g__644(w__379 ,w__326 ,w__357);
  nor g__645(w__378 ,w__338 ,in2[19]);
  nor g__646(w__377 ,w__334 ,in2[3]);
  and g__647(w__376 ,in2[18] ,w__360);
  and g__648(w__375 ,in2[31] ,w__353);
  nor g__649(w__374 ,w__346 ,in2[26]);
  nor g__650(w__373 ,w__347 ,in2[17]);
  and g__651(w__372 ,in2[33] ,w__356);
  and g__652(w__371 ,in2[2] ,w__358);
  nor g__653(w__370 ,w__343 ,in2[25]);
  and g__654(w__369 ,in2[16] ,w__355);
  nor g__655(w__368 ,w__330 ,in2[20]);
  nor g__656(w__367 ,w__333 ,in2[15]);
  nor g__657(w__365 ,w__349 ,in2[14]);
  nor g__658(w__364 ,w__331 ,in2[6]);
  and g__659(w__363 ,in2[30] ,w__351);
  not g__660(w__362 ,in2[0]);
  not g__661(w__361 ,in2[4]);
  not g__662(w__360 ,w__701);
  not g__663(w__359 ,in2[1]);
  not g__664(w__358 ,w__685);
  not g__665(w__357 ,in2[22]);
  not g__666(w__356 ,w__716);
  not g__667(w__355 ,w__699);
  not g__668(w__354 ,w__704);
  not g__669(w__353 ,w__714);
  not g__670(w__352 ,w__711);
  not g__671(w__351 ,w__713);
  not g__672(w__335 ,w__688);
  not g__673(w__341 ,w__691);
  not g__674(w__342 ,w__692);
  not g__675(w__347 ,w__700);
  not g__676(w__338 ,w__702);
  not g__677(w__348 ,w__693);
  not g__678(w__330 ,w__703);
  not g__679(w__345 ,w__694);
  not g__680(w__339 ,w__706);
  not g__681(w__331 ,w__689);
  not g__682(w__340 ,w__695);
  not g__683(w__344 ,w__707);
  not g__684(w__343 ,w__708);
  not g__685(w__329 ,w__696);
  not g__686(w__346 ,w__709);
  not g__687(w__336 ,w__710);
  not g__688(w__349 ,w__697);
  not g__689(w__332 ,w__712);
  not g__690(w__337 ,w__715);
  not g__691(w__334 ,w__686);
  not g__692(w__350 ,w__690);
  not g__693(w__333 ,w__698);
  not g__694(w__328 ,w__327);
  not g__695(w__327 ,w__687);
  not g__696(w__326 ,w__325);
  not g__697(w__325 ,w__705);
  and g__698(w__324 ,in2[7] ,w__350);
  and g__699(w__323 ,in2[12] ,w__340);
  and g__700(w__322 ,in2[5] ,w__335);
  and g__701(w__321 ,in2[19] ,w__338);
  and g__702(w__320 ,in2[6] ,w__331);
  and g__703(w__319 ,in2[3] ,w__334);
  and g__704(w__318 ,in2[10] ,w__348);
  and g__705(w__317 ,in2[23] ,w__339);
  and g__706(w__315 ,in2[26] ,w__346);
  and g__707(w__314 ,in2[17] ,w__347);
  and g__708(w__313 ,in2[15] ,w__333);
  and g__709(w__312 ,in2[20] ,w__330);
  and g__710(w__311 ,in2[14] ,w__349);
  and g__711(w__310 ,in2[29] ,w__332);
  and g__712(w__309 ,in2[8] ,w__341);
  and g__713(w__308 ,in2[27] ,w__336);
  and g__714(w__307 ,in2[25] ,w__343);
  and g__715(w__306 ,in2[32] ,w__337);
  and g__716(w__305 ,in2[24] ,w__344);
  and g__717(w__304 ,in2[9] ,w__342);
  and g__718(w__303 ,in2[11] ,w__345);
  and g__719(w__302 ,in2[13] ,w__329);
  buf g__720(w__316 ,in2[34]);
  buf g__721(w__366 ,w__717);
endmodule